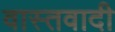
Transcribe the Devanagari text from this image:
वास्तवादी